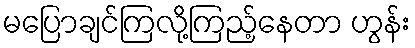
မပြောချင်ကြလို့ကြည့်နေတာ ဟွန်း